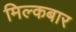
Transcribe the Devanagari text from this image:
मिल्कबार